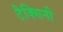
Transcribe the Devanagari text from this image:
टैक्सिनी